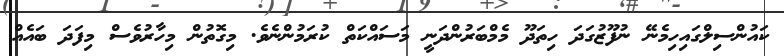
ކައުންސިލްގައިހިމެނޭ ނުފޫޒުގަދަ ހިތަދޫ މެމްބަރުންދަނީ މަސައްކަތް ކުރަމުންނެވެ. މިގޮތުން މިހާރުވެސް މިފަދަ ބައެއް